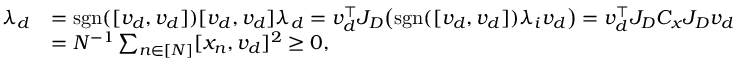
\begin{array} { r l } { \lambda _ { d } } & { = \mathrm { s g n } ( [ v _ { d } , v _ { d } ] ) [ v _ { d } , v _ { d } ] \lambda _ { d } = v _ { d } ^ { \top } J _ { D } \big ( \mathrm { s g n } ( [ v _ { d } , v _ { d } ] ) \lambda _ { i } v _ { d } \big ) = v _ { d } ^ { \top } J _ { D } C _ { x } J _ { D } v _ { d } } \\ & { = N ^ { - 1 } \sum _ { n \in [ N ] } [ x _ { n } , v _ { d } ] ^ { 2 } \geq 0 , } \end{array}